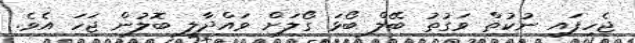
ޖެހިފައި ނުކުތް ވަގުތު ބޭލް ބޯޅަ ގޯލަށް ވައްދާލީ ބޮލުން ޖަހަ އެވެ.